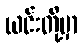
ယင်းတို့မှာ